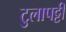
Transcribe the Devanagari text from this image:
टुलापट्टी